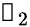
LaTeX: \boldsymbol{\mathscr{f}}_{2}